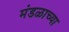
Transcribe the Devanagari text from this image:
मंडळाच्‍या